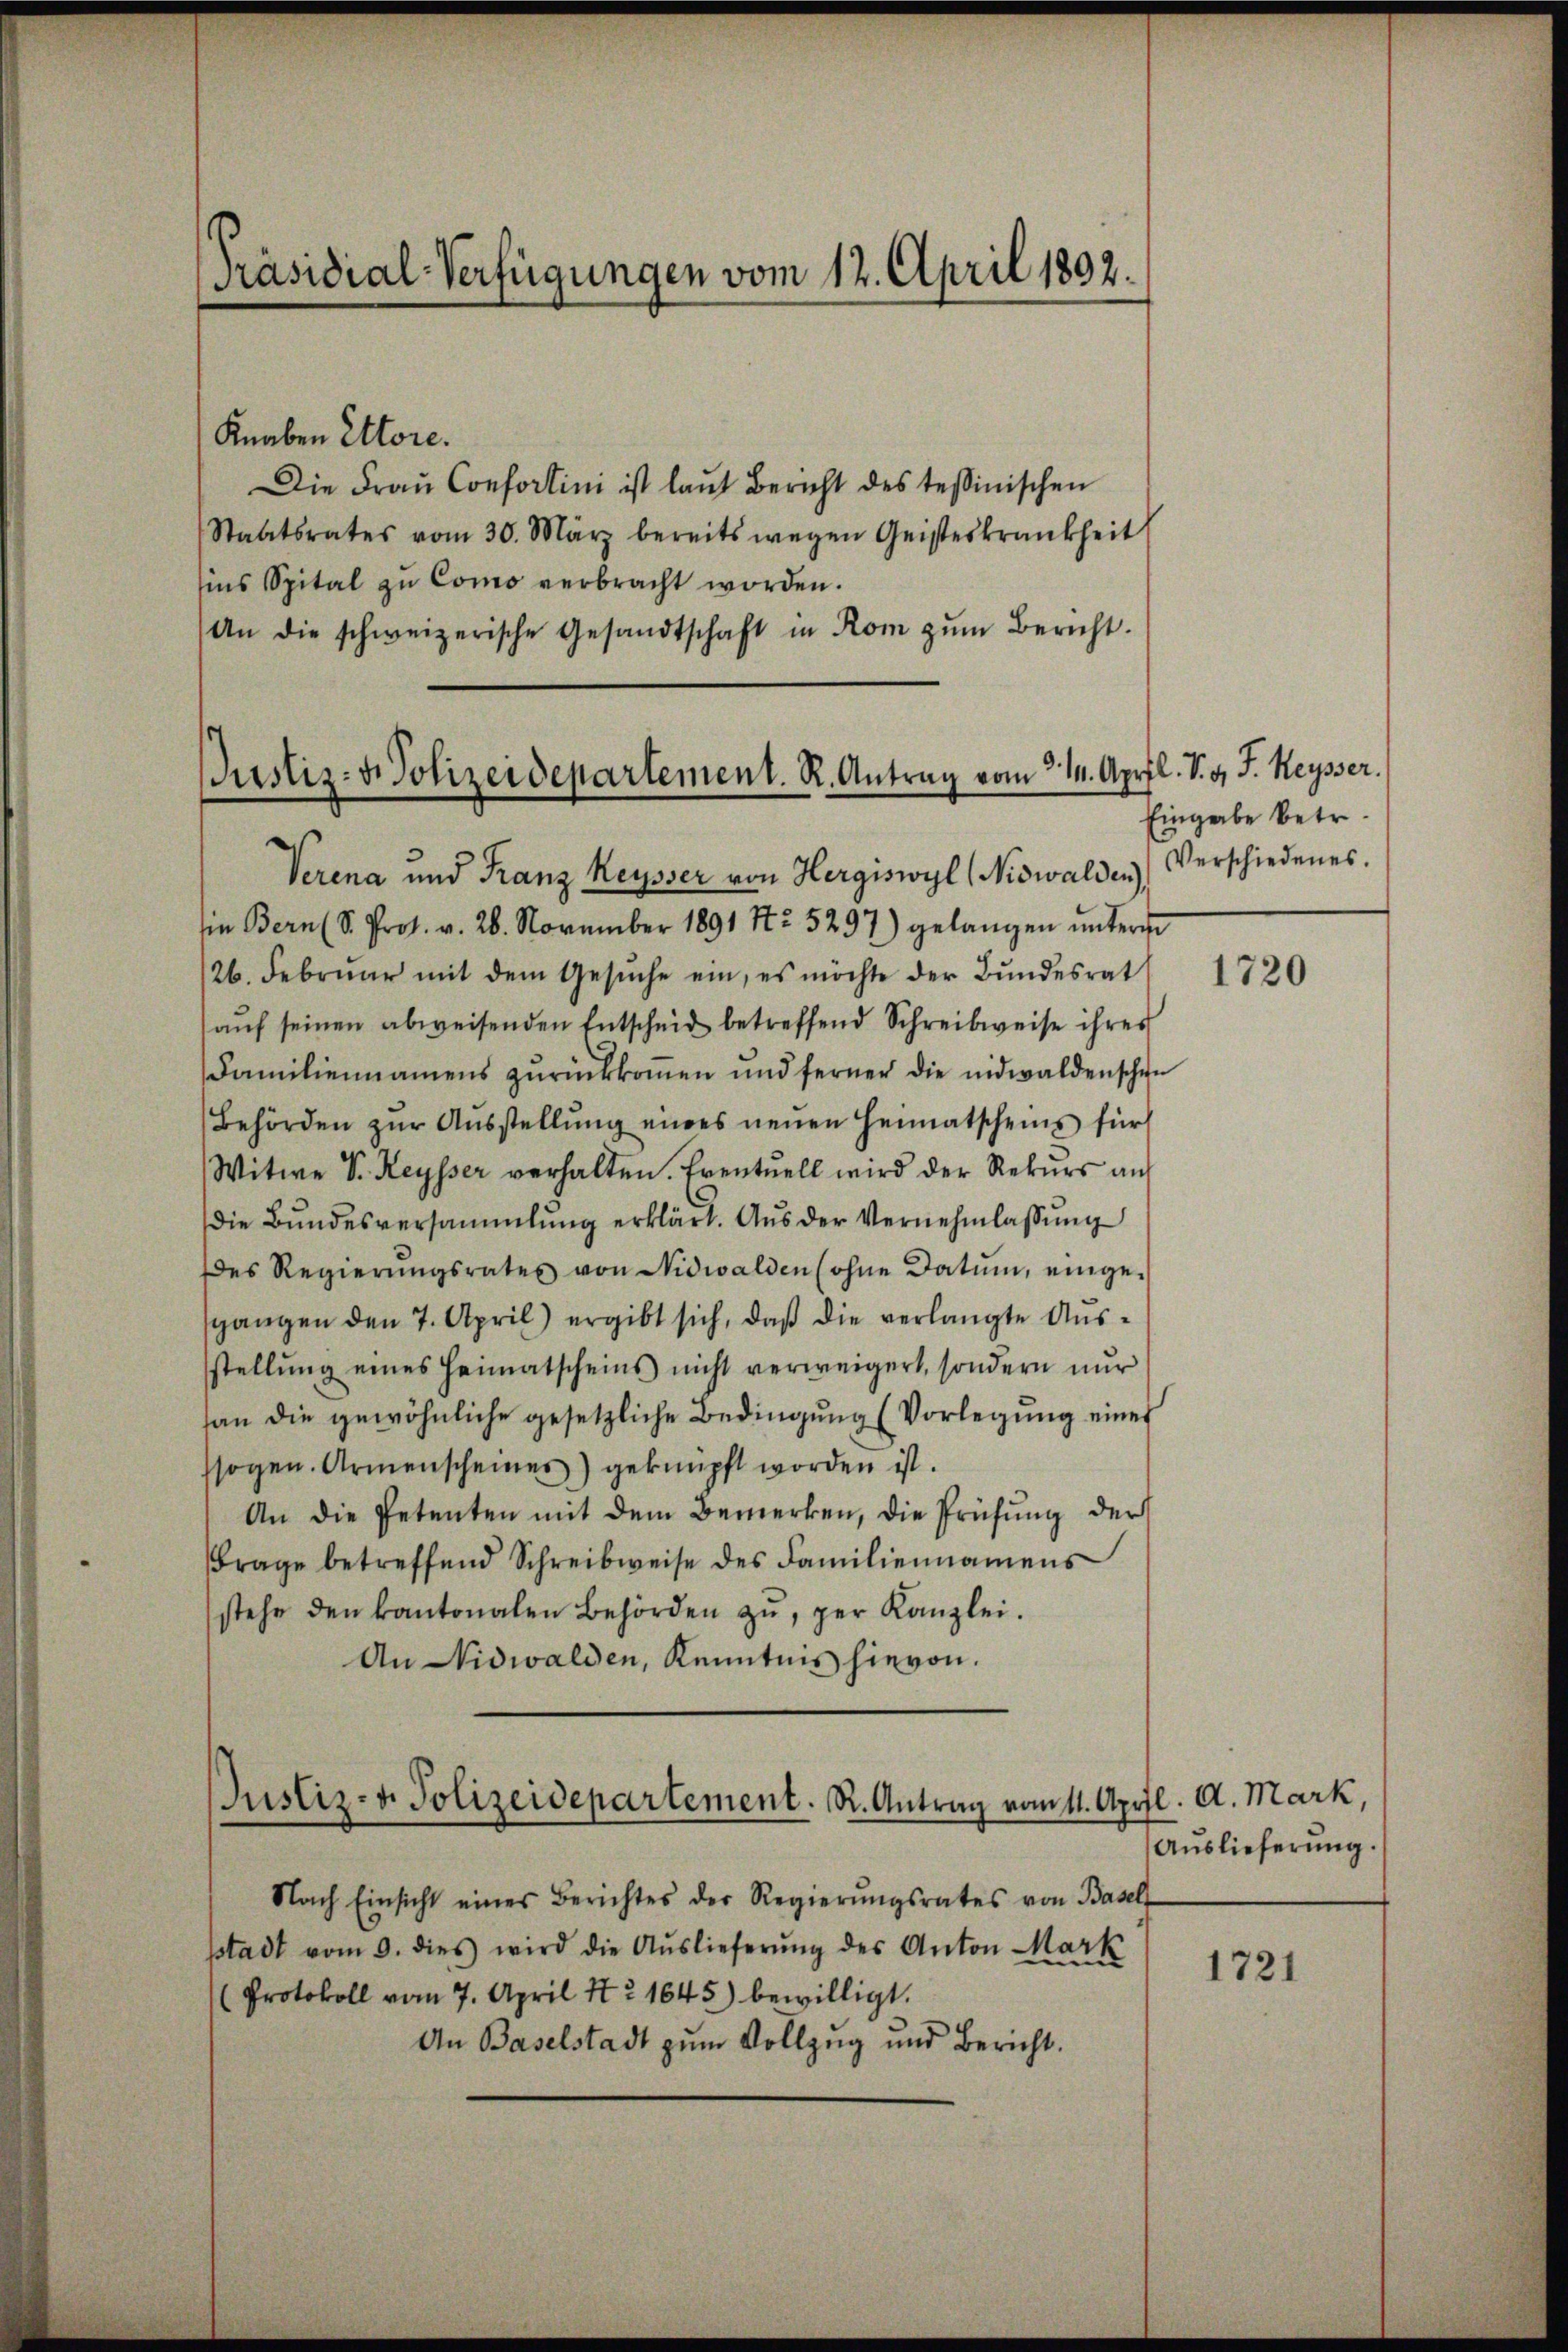
Präsidial-Verfügungen vom 12. April 1892.

Knaben Ettore.
Die Fraŭ Confortini ist laut Bericht des tessinischen
Staatsrates vom 30. März bereits wegen Geisteskrankheit
sins Spital zu Como verbracht worden.
An die schweizerische Gesandtschaft in Rom zŭm Bericht.

Justiz- & Polizeidepartement. R. Antrag vom 314. April. S. v. J. Keysser.

Verena und Franz Keysser von Hergiswyl (Nidwalden
ie Bern (S. Prot. v. 28. November 1891 No 5297) gelangen ŭnters
126. Febrŭar mit dem Gesŭche ein, es möchte der Bŭndesrat
aŭf seinen abweisenden Entscheid betreffend Schreibweise ihres
Familiennamens zurückkoṁen und ferner die nidwaldenschen
Behörden zŭr Aŭsstellŭng eines neŭen Heimatscheins für
Witwe Sr. Keysser verhalten. Eventuell wird der Rekŭrs auf
die Bŭndesversammlung erklärt. Aŭs der Vernehmlassŭng
des Regierŭngsrates von Nidwalden (ohne Datum, einge-
sgangen den 7. April) ergibt sich, daß die verlangte Ausstellŭng eines Heimatscheins nicht verweigert, sondern nŭr
han die gewöhnliche gesetzliche Bedingung (Vorlegung einer
sogen. Armenscheines) geknüpft worden ist.
An die Petenten mit dem Bemerken, die Prüfung der
Frage betreffend Schreibweise des Familiennamens
stehe den kantonalen Behörden zŭ, per Kanzlei.
An Nidwalden, Kenntnis hievon.

Justiz- u. Polizeidepartement. R. Antrag vom 11. April. A. Mark,

Nach Einsicht eines Berichtes der Regierŭngsrates von Basel
sstadt vom 9. dies wird die Aŭslieferŭng des Anton Mark
Protokoll vom 7. April 172. 1645) bewilligt.
An Baselstadt zum Vollzug und Bericht.

Eingabe betr.
Verschiedenes.

1720

Auslieferung.

1721